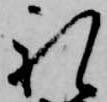
礼